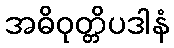
အဓိဝုတ္တိပဒါနံ